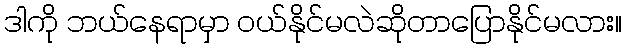
ဒါကို ဘယ်နေရာမှာ ဝယ်နိုင်မလဲဆိုတာပြောနိုင်မလား။